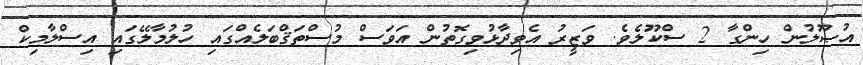
އުޞޫލުން ހިންގާ 2 ސްކޫލެވެ. ވަޒީރު އެވިދާޅުވިގޮތުން އަވަސް މުސްތަޤްބަލެއްގައި ހުލުމާލޭގައި އިސްލާމިކް